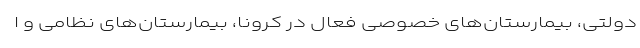
دولتی، بیمارستان‌های خصوصی فعال در کرونا، بیمارستان‌های نظامی و ا